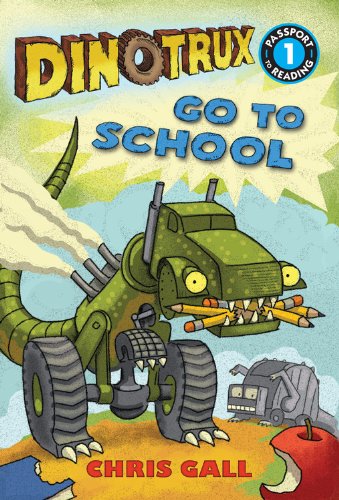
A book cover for Dinotrux Go to School (Passport to Reading Level 1); Chris Gall; Children's Books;